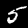
Label: 5